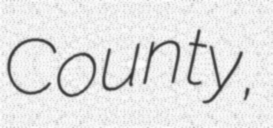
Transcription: County,